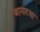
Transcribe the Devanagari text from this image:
जानारया